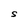
Character: S